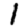
Digit: 1